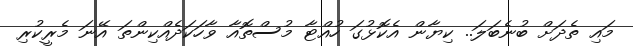
މައި ތެދަށް ބުނެބަލަ.. ކިޔާން އެކޮޅުގަ ހުއްޓާ މުސްތޮއާ ވާހަކަދެއްކިންތަ އޭނަ މެރީކުރި